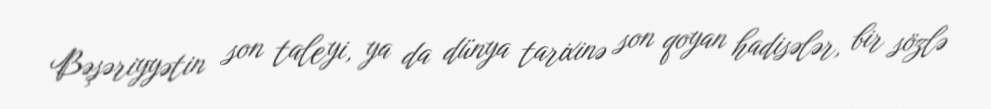
Bəşəriyyətin son taleyi, ya da dünya tarixinə son qoyan hadisələr, bir sözlə